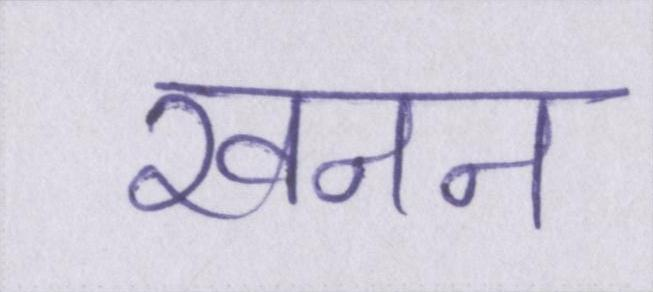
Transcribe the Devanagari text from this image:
खनन